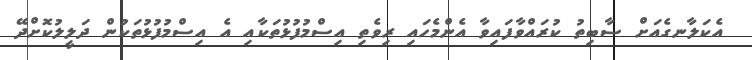
އެކަލާނގެއަށް ސާބިތު ކުރައްވާފައިވާ އެންމެހައި ރިވެތި އިސްމުފުޅުތަކާއި އެ އިސްމުފުޅުތަކުން ދަލީލުކޮށްދޭ